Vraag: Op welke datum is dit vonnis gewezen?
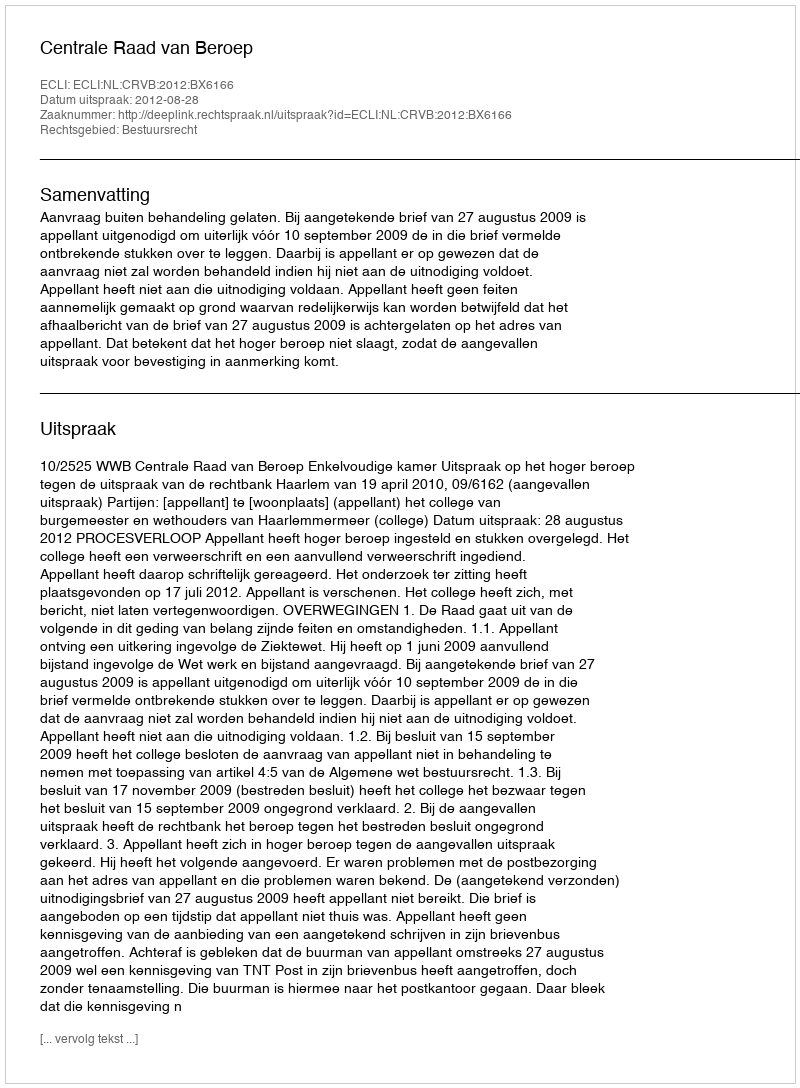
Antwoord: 2012-08-28